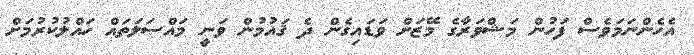
އެހެންނަމަވެސް ފަހުން މަޝްވަރާގެ މޭޒަށް ވަޑައިގެން ދެ ޤައުމުން ވަނީ މައްސަލަތައް ހައްލުކުރުމަށް